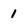
Character: 1